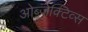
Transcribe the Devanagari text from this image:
ओब्जेक्टिव्स